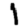
Digit: 1